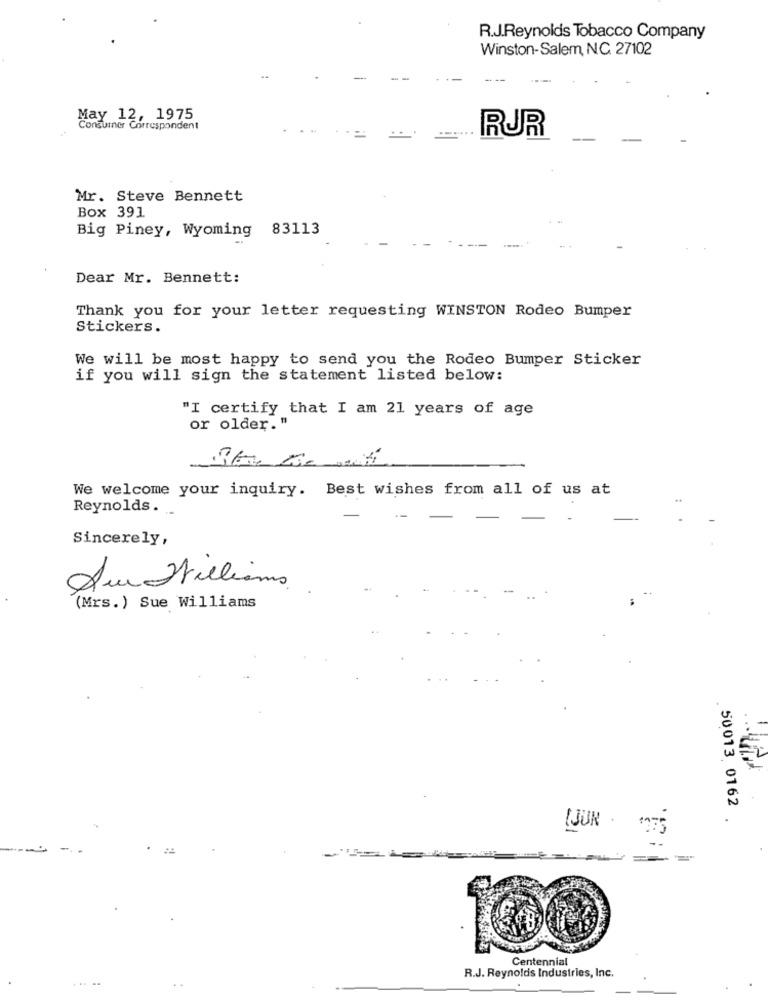
.
R.J.Reynolds Tobacco Company
Winston-Salem, NC. 27102
-
May 12, 1975
Consumer Correspondent
RUR
Mr. Steve Bennett
Box 391
Big Piney, Wyoming 83113
Dear Mr. Bennett:
Thank you for your letter requesting WINSTON Rodeo Bumper
Stickers.
We will be most happy to send you the Rodeo Bumper Sticker
if you will sign the statement listed below:
"I certify that I am 21 years of age
or older. "
We welcome your inquiry. Best wishes from all of us at
Reynolds. ..
Sincerely,
Su Millions
(Mrs.) Sue Williams
50013 0162
.
===
Centennial
R.J. Reynolds Industries, Inc.
...